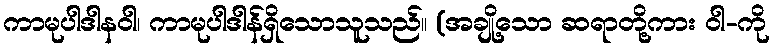
ကာမုပါဒါနဝါ၊ ကာမုပါဒါန်ရှိသောသူသည်။ (အချို့သော ဆရာတို့ကား ဝါ-ကို